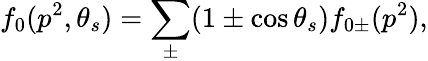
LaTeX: f_{0}(p^{2},\theta_{s})=\sum_{\pm}(1\pm\cos\theta_{s})f_{0\pm}(p^{2}),